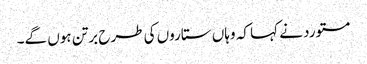
مستورد نے کہا کہ وہاں ستاروں کی طرح برتن ہوں گے۔